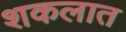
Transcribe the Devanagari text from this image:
शकलात